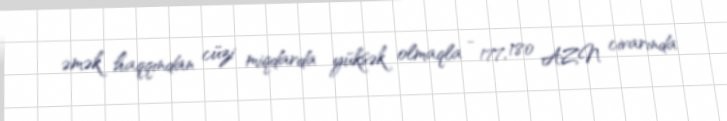
əmək haqqından cüzi miqdarda yüksək olmaqla - 177, 180 AZN civarında